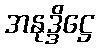
အနုဒ္ဒိဋ္ဌေ